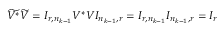
\begin{array} { r } { \widetilde { V ^ { * } } \widetilde { V } = I _ { r , n _ { k - 1 } } V ^ { * } V I _ { n _ { k - 1 } , r } = I _ { r , n _ { k - 1 } } I _ { n _ { k - 1 } , r } = I _ { r } } \end{array}